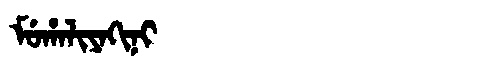
Manchu: ᠮᡠᡥᠠᠯᡳᠶᠠᡴᡳᠨᡳ
Romanization: MUHALIYAKINI